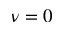
\nu = 0